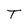
Character: T